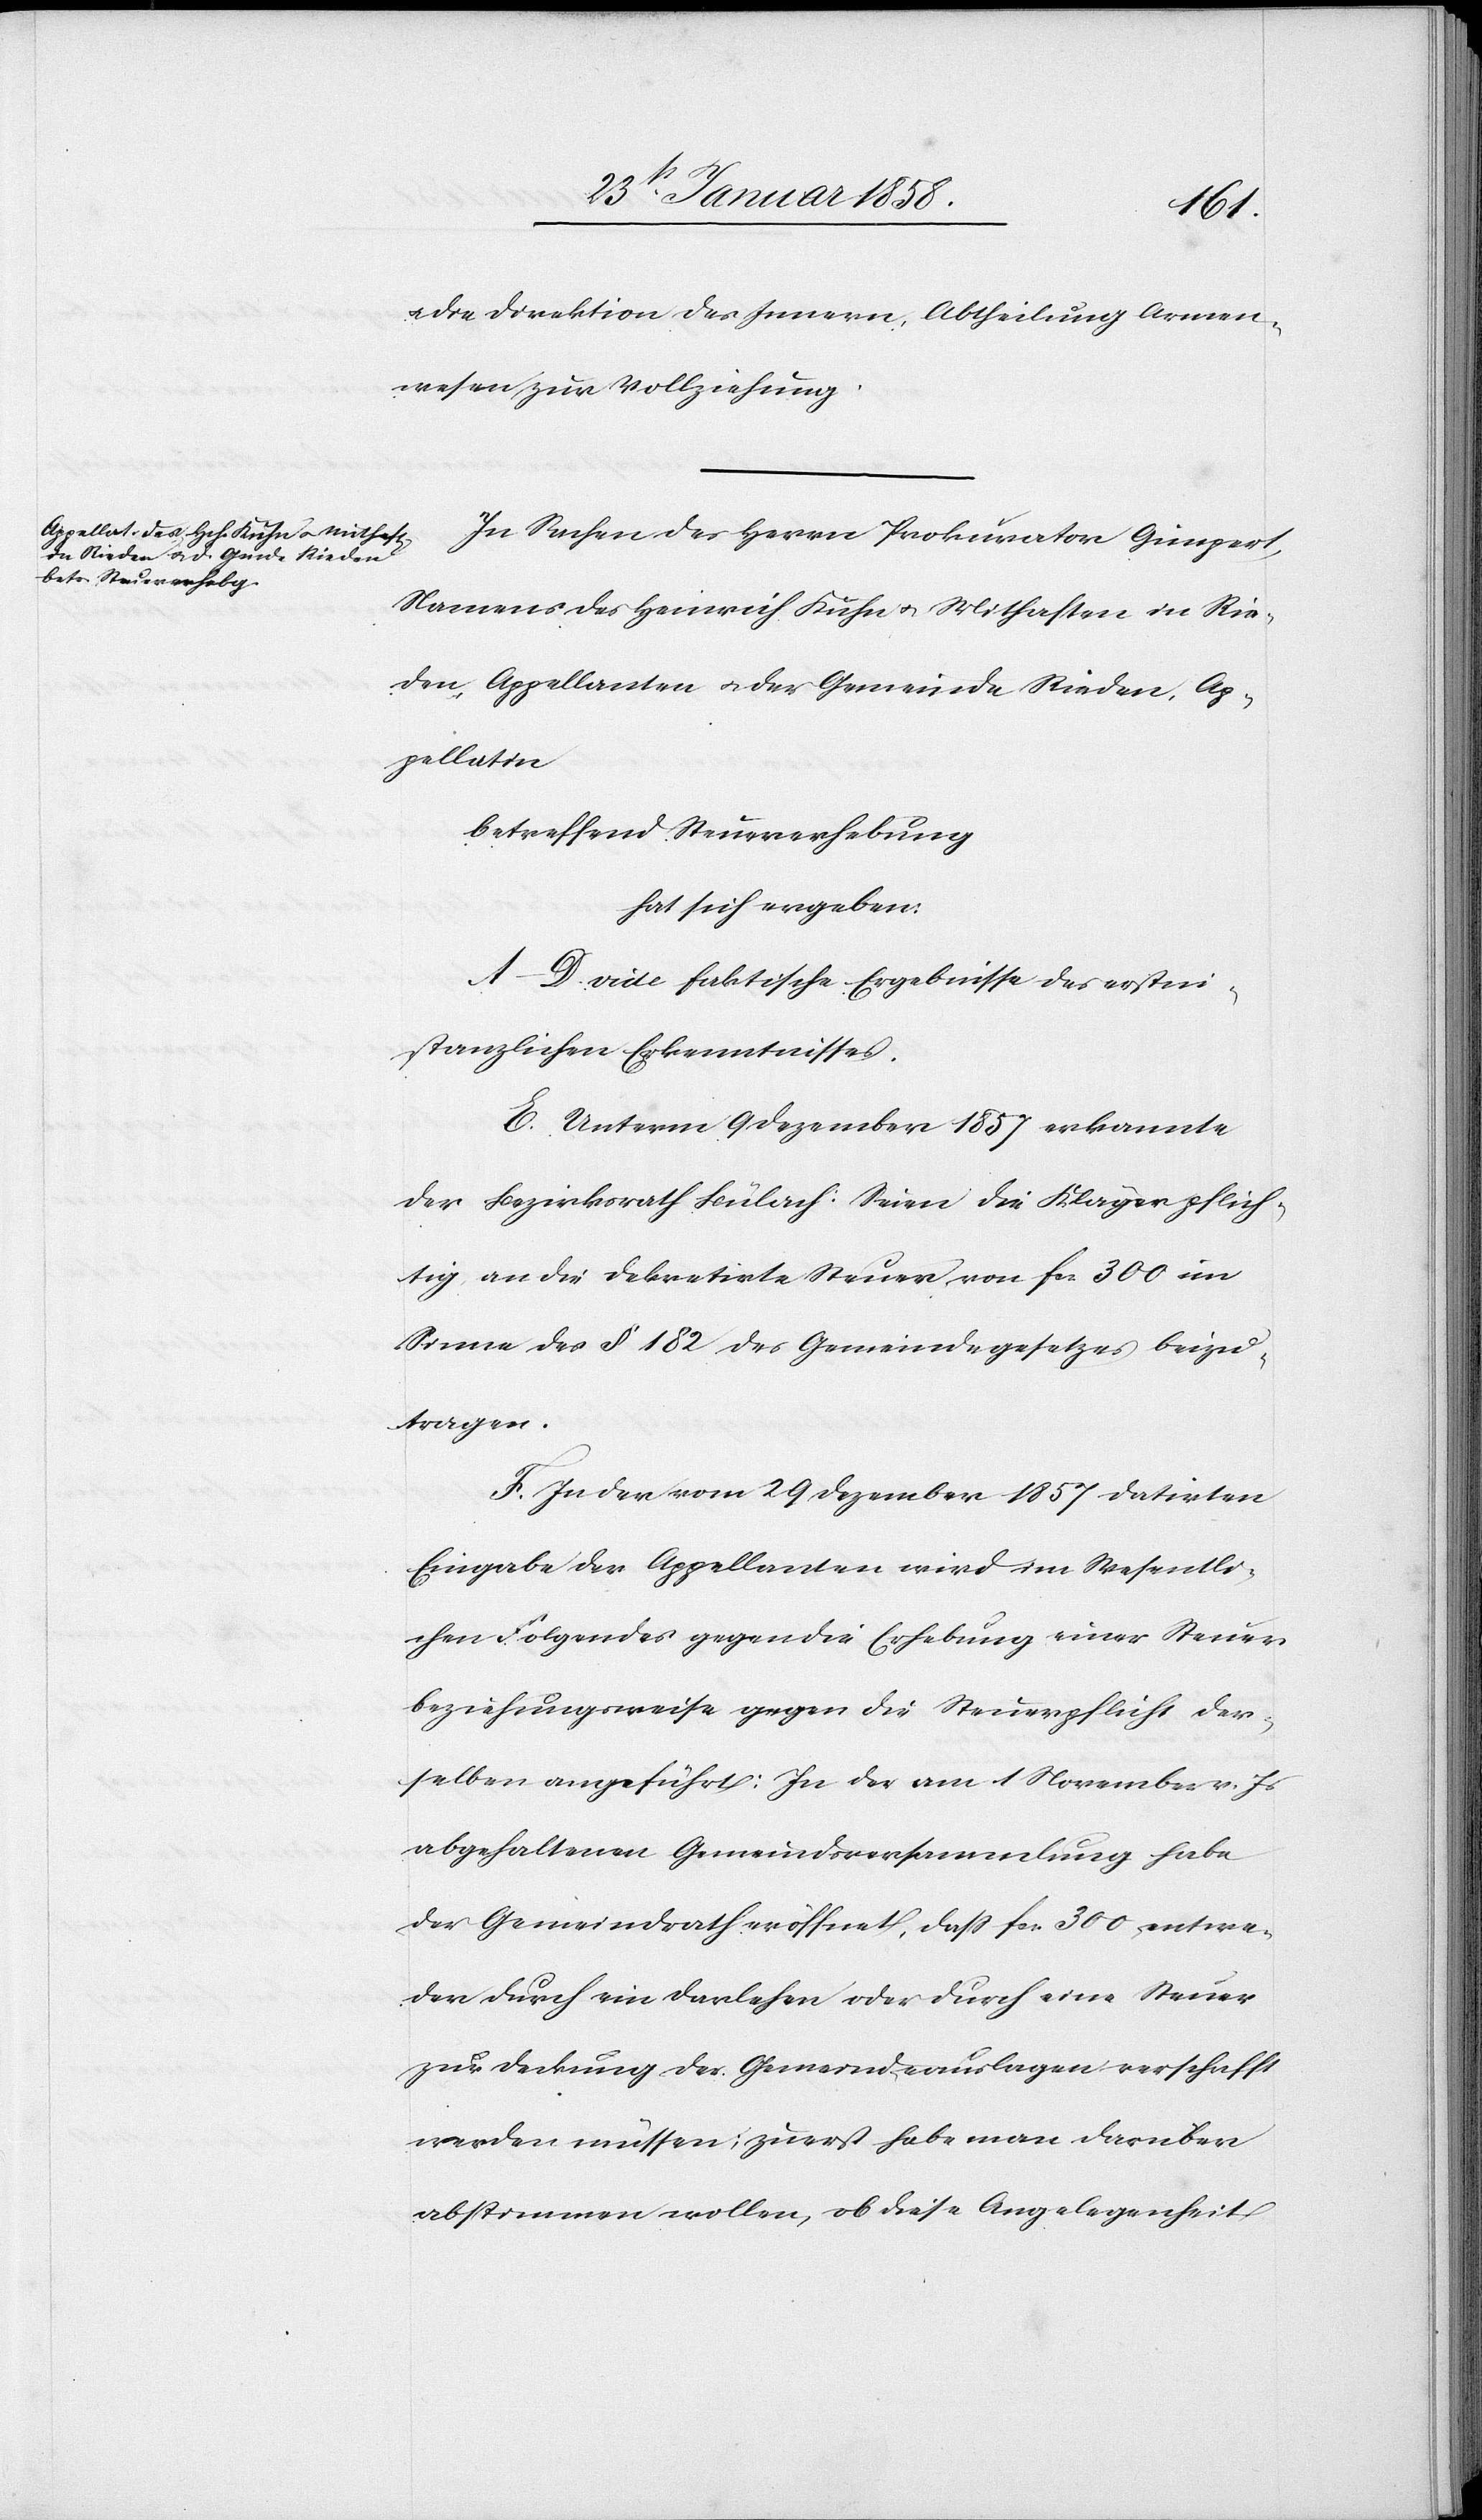
u. die Direktion des Innern, Abtheilung Armen¬
wesen zur Vollziehung.
In Sachen des Herrn Prokurator Gimpert,
Namens des Heinrich Kuhn u. Mithaften in Rie¬
den, Appellanten u. der Gemeinde Rieden, Ap¬
pellatin
betreffend Steuererhebung
hat sich ergeben:
A –D vide faktische Ergebnisse des erstin¬
stanzlichen Erkenntnisses.
E. Unterm 9 Dezember 1857 erkannte
der Bezirksrath Bülach: Seien die Kläger pflich¬
tig an die Dekretirte Steuer von fcs 300 im
Sinne des § 182 des Gemeindegesetzes beizu¬
tragen.
F. In der vom 29 Dezember 1857 datirten
Eingabe der Appellanten wird im Wesentli¬
chen Folgendes gegen die Erhebung einer Steuer
beziehungsweise gegen die Steuerpflicht der¬
selben angeführt: In der am 1 November v. Js
abgehaltenen Gemeindsversammlung habe
der Gemeindrath eröffnet, daß fcs. 300 entwe¬
der durch ein Darlehen oder durch eine Steuer
zur Deckung der Gemeindeauslagen verschafft
werden müssen; zuerst habe man darüber
abstimmen wollen, ob diese Angelegenheit